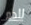
للدم